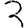
Digit: 3